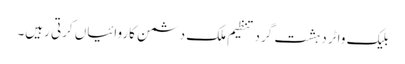
بلیک واٹر دہشت گرد تنظیم ملک دشمن کاروائیاں کرتی رہیں۔